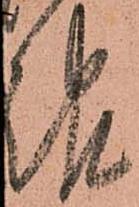
報